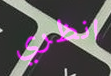
انظري